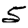
Digit: 5